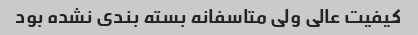
کیفیت عالی ولی متاسفانه بسته بندی نشده بود